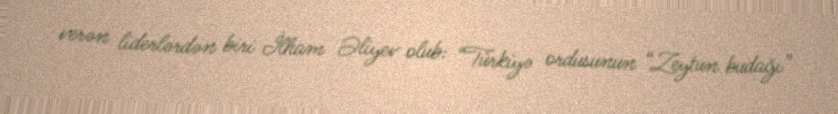
verən liderlərdən biri İlham Əliyev olub: “Türkiyə ordusunun “Zeytun budağı”